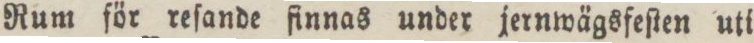
Rum för reſande finnas under jernwägsfeſten uti